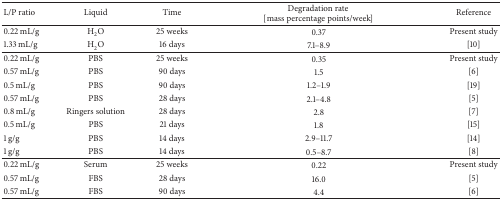
<table><thead><tr><td><b>L/P ratio</b></td><td><b>Liquid</b></td><td><b>Time</b></td><td><b>Degradation rate [mass percentage points/week]</b></td><td><b>Reference</b></td></tr></thead><tbody><tr><td>0.22 mL/g</td><td>H<sub>2</sub>O</td><td>25 weeks</td><td>0.37</td><td>Present study</td></tr><tr><td>1.33 mL/g</td><td>H<sub>2</sub>O</td><td>16 days</td><td>7.1–8.9</td><td>[10]</td></tr><tr><td>0.22 mL/g</td><td>PBS</td><td>25 weeks</td><td>0.35</td><td>Present study</td></tr><tr><td>0.57 mL/g</td><td>PBS</td><td>90 days</td><td>1.5</td><td>[6]</td></tr><tr><td>0.5 mL/g</td><td>PBS</td><td>90 days</td><td>1.2–1.9</td><td>[19]</td></tr><tr><td>0.57 mL/g</td><td>PBS</td><td>28 days</td><td>2.1–4.8</td><td>[5]</td></tr><tr><td>0.8 mL/g</td><td>Ringers solution</td><td>28 days</td><td>2.8</td><td>[7]</td></tr><tr><td>0.5 mL/g</td><td>PBS</td><td>21 days</td><td>1.8</td><td>[15]</td></tr><tr><td>1 g/g</td><td>PBS</td><td>14 days</td><td>2.9–11.7</td><td>[14]</td></tr><tr><td>1 g/g</td><td>PBS</td><td>14 days</td><td>0.5–8.7</td><td>[8]</td></tr><tr><td>0.22 mL/g</td><td>Serum</td><td>25 weeks</td><td>0.22</td><td>Present study</td></tr><tr><td>0.57 mL/g</td><td>FBS</td><td>28 days</td><td>16.0</td><td>[5]</td></tr><tr><td>0.57 mL/g</td><td>FBS</td><td>90 days</td><td>4.4</td><td>[6]</td></tr></tbody></table>